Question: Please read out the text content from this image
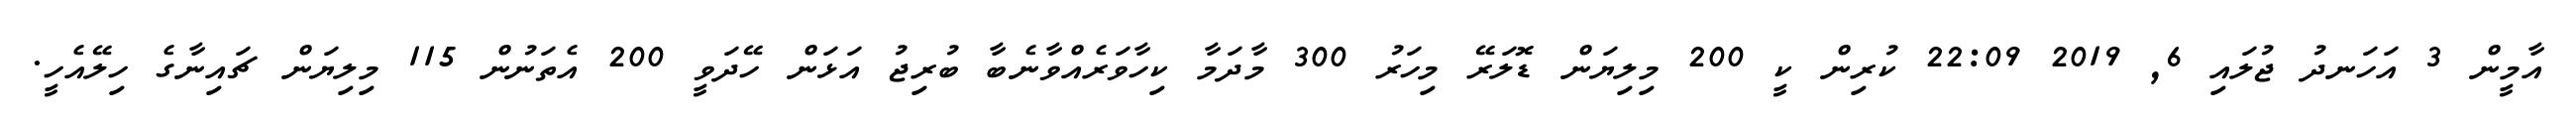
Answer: އާމީން 3 އަހަނދު ޖުލައި 6, 2019 22:09 ކުރިން ކީ 200 މިލިޔަން ޑޮލަރޭ މިހަރު 300 މާދަމާ ކިހާވަރެއްވާނެބާ ބުރިޖު އަޅަން ހޭދަވީ 200 އެތަނުން 115 މިލިޔަން ޗައިނާގެ ހިލޭއެހީ.